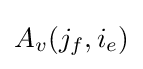
A_{v}(j_{f},i_{e})